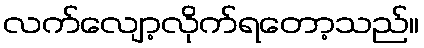
လက်လျော့လိုက်ရတော့သည်။